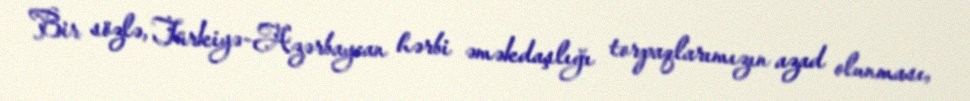
Bir sözlə, Türkiyə-Azərbaycan hərbi əməkdaşlığı torpaqlarımızın azad olunması,